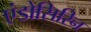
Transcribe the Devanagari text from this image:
एंडोसिरिन